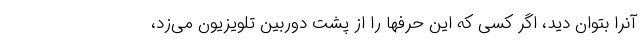
آنرا بتوان دید، اگر کسی که این حرفها را از پشت دوربین تلویزیون می‌زد،